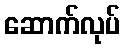
ဆောက်လုပ်